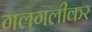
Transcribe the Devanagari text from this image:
गलगलीकर